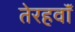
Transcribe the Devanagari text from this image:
तेरहवॉं